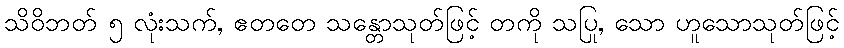
သိဝိဘတ် ၅ လုံးသက်, ဧတတေ သန္တောသုတ်ဖြင့် တကို သပြု, သော ဟူသောသုတ်ဖြင့်